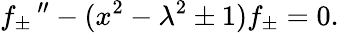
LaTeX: f_{\pm}\, ^{\prime\prime}-(x^{2}-\lambda^{2}\pm 1)f_{\pm}=0.